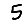
Digit: 5